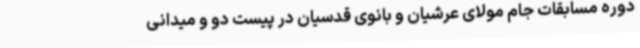
دوره مسابقات جام مولای عرشیان و بانوی قدسیان در پیست دو و میدانی